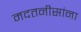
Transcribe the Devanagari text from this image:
मदतनीसांना